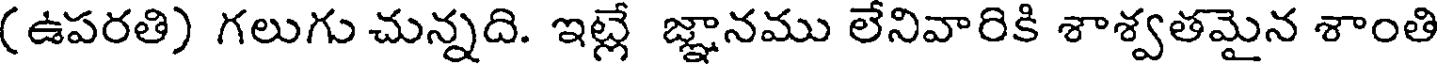
(ఉపరతి) గలుగు చున్నది. ఇట్లే జ్ఞానము లేనివారికి శాశ్వతమైన శాంతి